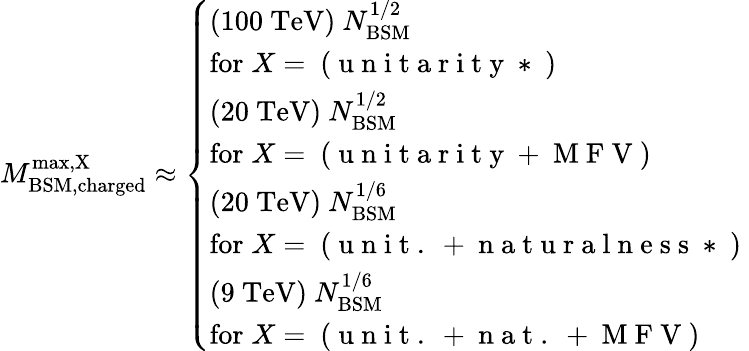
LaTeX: M_{\mathrm{BSM,charged}}^{\mathrm{max,X}}\approx\left\{ \begin{array}{l}{(100~{\textrm{TeV}})\ N_{\mathrm{BSM}}^{1/2}}\\ {\mathrm{for\; }X=\mathrm{~(~u~n~i~t~a~r~i~t~y~*~)~}}\\ {(20~{\textrm{TeV}})\ N_{\mathrm{BSM}}^{1/2}}\\ {\mathrm{for\; }X=\mathrm{~(~u~n~i~t~a~r~i~t~y~+~M~F~V~)~}}\\ {(20~{\textrm{TeV}})\ N_{\mathrm{BSM}}^{1/6}}\\ {\mathrm{for\; }X=\mathrm{~(~u~n~i~t~.~+~n~a~t~u~r~a~l~n~e~s~s~*~)~}}\\ {(9~{\textrm{TeV}})\ N_{\mathrm{BSM}}^{1/6}}\\ {\mathrm{for\; }X=\mathrm{~(~u~n~i~t~.~+~n~a~t~.~+~M~F~V~)~}}\end{array}\right.